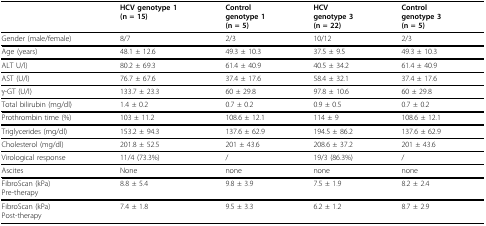
<table><thead><tr><td></td><td><b>HCV genotype 1(n = 15)</b></td><td><b>Controlgenotype 1(n = 5)</b></td><td><b>HCVgenotype 3(n = 22)</b></td><td><b>Controlgenotype 3(n = 5)</b></td></tr></thead><tbody><tr><td>Gender (male/female)</td><td>8/7</td><td>2/3</td><td>10/12</td><td>2/3</td></tr><tr><td>Age (years)</td><td>48.1 ± 12.6</td><td>49.3 ± 10.3</td><td>37.5 ± 9.5</td><td>49.3 ± 10.3</td></tr><tr><td>ALT U/l)</td><td>80.2 ± 69.3</td><td>61.4 ± 40.9</td><td>40.5 ± 34.2</td><td>61.4 ± 40.9</td></tr><tr><td>AST (U/l)</td><td>76.7 ± 67.6</td><td>37.4 ± 17.6</td><td>58.4 ± 32.1</td><td>37.4 ± 17.6</td></tr><tr><td>γ-GT (U/l)</td><td>133.7 ± 23.3</td><td>60 ± 29.8</td><td>97.8 ± 10.6</td><td>60 ± 29.8</td></tr><tr><td>Total bilirubin (mg/dl)</td><td>1.4 ± 0.2</td><td>0.7 ± 0.2</td><td>0.9 ± 0.5</td><td>0.7 ± 0.2</td></tr><tr><td>Prothrombin time (%)</td><td>103 ± 11.2</td><td>108.6 ± 12.1</td><td>114 ± 9</td><td>108.6 ± 12.1</td></tr><tr><td>Triglycerides (mg/dl)</td><td>153.2 ± 94.3</td><td>137.6 ± 62.9</td><td>194.5 ± 86.2</td><td>137.6 ± 62.9</td></tr><tr><td>Cholesterol (mg/dl)</td><td>201.8 ± 52.5</td><td>201 ± 43.6</td><td>208.6 ± 37.2</td><td>201 ± 43.6</td></tr><tr><td>Virological response</td><td>11/4 (73.3%)</td><td>/</td><td>19/3 (86.3%)</td><td>/</td></tr><tr><td>Ascites</td><td>None</td><td>none</td><td>none</td><td>none</td></tr><tr><td>FibroScan (kPa)Pre-therapy</td><td>8.8 ± 5.4</td><td>9.8 ± 3.9</td><td>7.5 ± 1.9</td><td>8.2 ± 2.4</td></tr><tr><td>FibroScan (kPa)Post-therapy</td><td>7.4 ± 1.8</td><td>9.5 ± 3.3</td><td>6.2 ± 1.2</td><td>8.7 ± 2.9</td></tr></tbody></table>